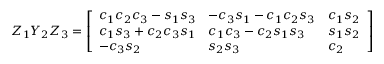
Z _ { 1 } Y _ { 2 } Z _ { 3 } = { \left[ \begin{array} { l l l } { c _ { 1 } c _ { 2 } c _ { 3 } - s _ { 1 } s _ { 3 } } & { - c _ { 3 } s _ { 1 } - c _ { 1 } c _ { 2 } s _ { 3 } } & { c _ { 1 } s _ { 2 } } \\ { c _ { 1 } s _ { 3 } + c _ { 2 } c _ { 3 } s _ { 1 } } & { c _ { 1 } c _ { 3 } - c _ { 2 } s _ { 1 } s _ { 3 } } & { s _ { 1 } s _ { 2 } } \\ { - c _ { 3 } s _ { 2 } } & { s _ { 2 } s _ { 3 } } & { c _ { 2 } } \end{array} \right] }